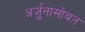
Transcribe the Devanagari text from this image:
अर्जुनासोबत